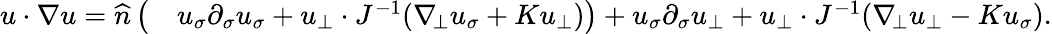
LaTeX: \begin{array}{rl}{u\cdot\nabla u=\widehat{n}\, \big(}&{u_{\sigma}\partial_{\sigma}u_{\sigma}+u_{\bot}\cdot J^{-1}(\nabla_{\! \bot}u_{\sigma}+Ku_{\bot})\big)+u_{\sigma}\partial_{\sigma}u_{\bot}+u_{\bot}\cdot J^{-1}(\nabla_{\! \bot}u_{\bot}-Ku_{\sigma}).}\end{array}